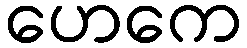
ဟေကေ